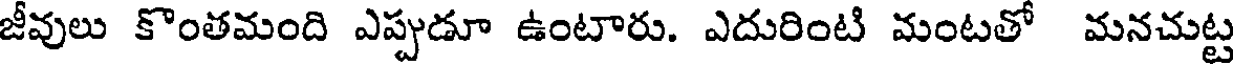
జీవులు కొంతమంది ఎప్పుడూ ఉంటారు. ఎదురింటి మంటతో మనచుట్ట